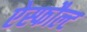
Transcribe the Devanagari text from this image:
ऐस्फौल्ट